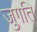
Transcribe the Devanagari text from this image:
जुगति